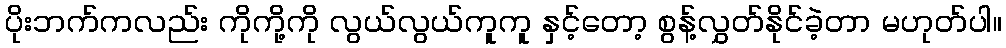
ပိုးဘက်ကလည်း ကိုကို့ကို လွယ်လွယ်ကူကူ နှင့်တော့ စွန့်လွှတ်နိုင်ခဲ့တာ မဟုတ်ပါ။